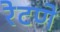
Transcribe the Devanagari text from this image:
रेटणे